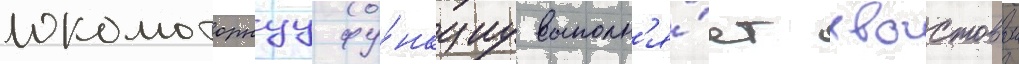
локомоторнуу фу́нкциу выполн'я́ет хвостовои